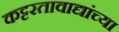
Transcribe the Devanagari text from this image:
कट्टरतावाद्यांच्या